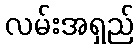
လမ်းအရှည်